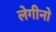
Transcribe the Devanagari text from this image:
लेगीनो